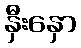
နှီးနှော